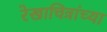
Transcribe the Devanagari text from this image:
रेखाचित्रांच्या